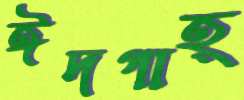
ঈদগাহ্